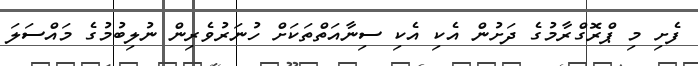
ފެށި މި ޕްރޮގްރާމުގެ ދަށުން އެކި އެކި ސިނާއަތްތަކަށް ހުނަރުވެރިން ނުލިބުުމުގެ މައްސަލަ